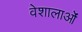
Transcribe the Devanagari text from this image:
वेशालाओं